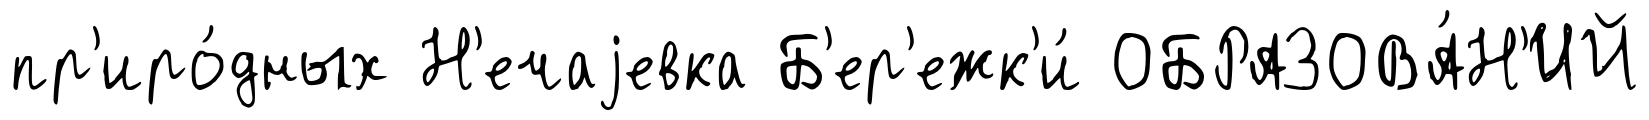
пр'иро́дных Н'ечаjевка Б'ер'ежк'и́ ОБРАЗОВА́Н'ИЙ